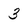
Character: 3